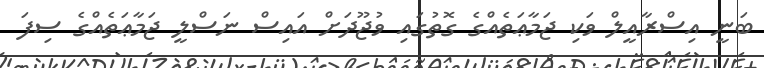
ބަނީ އިސްރާއީލް ވަކި ޖަމާޢަތެއްގެ ގޮތުގައި ވުޖޫދަށް އައިސް ނަސްލީ ޖަމާޢަތެއްގެ ސިފަ